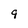
Character: 9